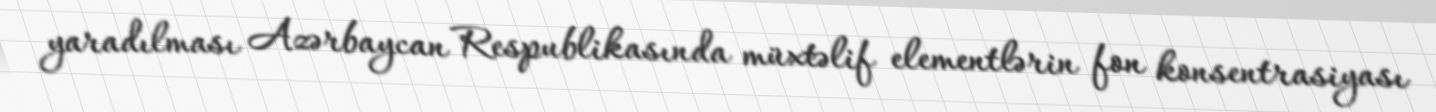
yaradılması Azərbaycan Respublikasında müxtəlif elementlərin fon konsentrasiyası